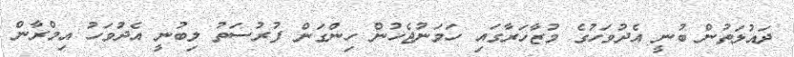
ދައުލަތުން ބުނީ އެދުވަހުގެ މުޒާހަރާގައި ހަމަނުޖެހުން ހިންގަން ފުރުސަތު ލިބުނީ އެދުވަހު އިމްރާން